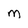
Character: M